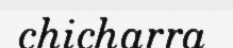
chicharra